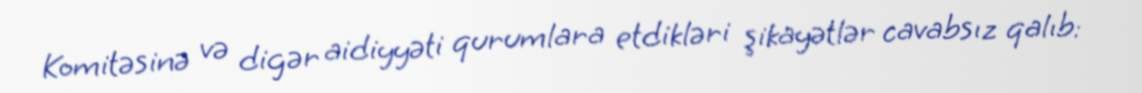
Komitəsinə və digər aidiyyəti qurumlara etdikləri şikayətlər cavabsız qalıb: